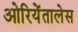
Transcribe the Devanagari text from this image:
ओरियेंतालेस